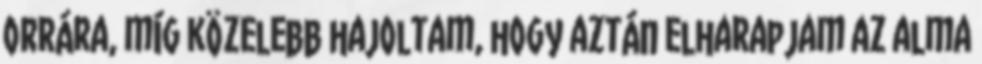
orrára, míg közelebb hajoltam, hogy aztán elharapjam az alma